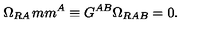
\Omega _ { R A } \hspace * { 1 m m } ^ { A } \equiv G ^ { A B } \Omega _ { R A B } = 0 .